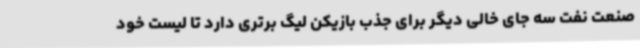
صنعت نفت سه جای خالی دیگر برای جذب بازیکن لیگ برتری دارد تا لیست خود